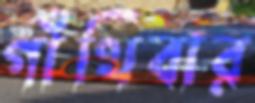
গাঁথিবার